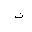
Letter: _ta